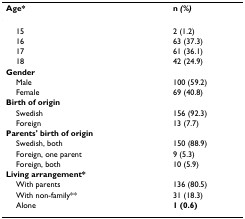
<table><thead><tr><td><b>Age*</b></td><td><b>n <i>(%)</i></b></td></tr></thead><tbody><tr><td> 15</td><td>2 (1.2)</td></tr><tr><td> 16</td><td>63 (37.3)</td></tr><tr><td> 17</td><td>61 (36.1)</td></tr><tr><td> 18</td><td>42 (24.9)</td></tr><tr><td><b>Gender</b></td><td></td></tr><tr><td> Male</td><td>100 (59.2)</td></tr><tr><td> Female</td><td>69 (40.8)</td></tr><tr><td><b>Birth of origin</b></td><td></td></tr><tr><td> Swedish</td><td>156 (92.3)</td></tr><tr><td> Foreign</td><td>13 (7.7)</td></tr><tr><td><b>Parents&#x27; birth of origin</b></td><td></td></tr><tr><td> Swedish, both</td><td>150 (88.9)</td></tr><tr><td> Foreign, one parent</td><td>9 (5.3)</td></tr><tr><td> Foreign, both</td><td>10 (5.9)</td></tr><tr><td><b>Living arrangement*</b></td><td></td></tr><tr><td> With parents</td><td>136 (80.5)</td></tr><tr><td> With non-family**</td><td>31 (18.3)</td></tr><tr><td> Alone</td><td><b>1 (0.6)</b></td></tr></tbody></table>